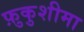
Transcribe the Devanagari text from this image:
फ़ुकुशीमा